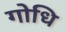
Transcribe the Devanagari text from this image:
गोधि